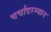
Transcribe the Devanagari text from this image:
चर्चांदरम्यान